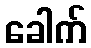
ခေါက်